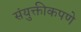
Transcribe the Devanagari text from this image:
संयुक्तीकपणे